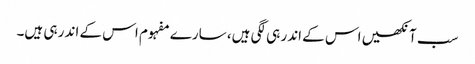
سب آنکھیں اس کے اندر ہی لگی ہیں، سارے مفہوم اس کے اندر ہی ہیں۔